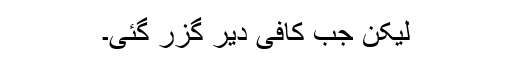
لیکن جب کافی دیر گزر گئی۔